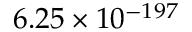
6 . 2 5 \times 1 0 ^ { - 1 9 7 }